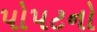
પોપટનો